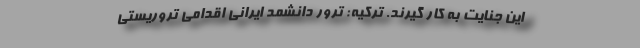
این جنایت به کار گیرند. ترکیه: ترور دانشمد ایرانی اقدامی تروریستی